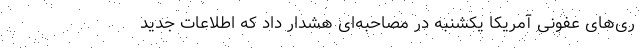
ری‌های عفونی آمریکا یکشنبه در مصاحبه‌ای هشدار داد که اطلاعات جدید